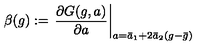
\beta ( g ) : = \left. \frac { \partial G ( g , a ) } { \partial a } \right| _ { a = \bar { a } _ { 1 } + 2 \bar { a } _ { 2 } ( g - \bar { g } ) }